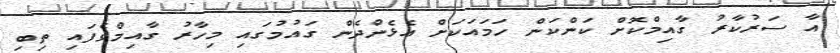
އާ ސަރުކާރު ގާއިމްކޮށް ކަންކަން ހަމައަކަށް އެޅެންދެން ގައުމުގައި މިހާރު ގާއިމްވެފައި ތިބި